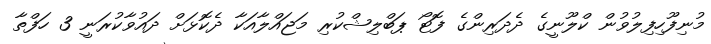
މުނިފޫހިފިލުވުން ކްލޫނީގެ ދެދަރިންގެ ފޮޓޯ ޕަބްލިޝްކުރި މަޖައްލާއަކާ ދެކޮޅަށް ދައުވާކުރަނީ 3 ހަފްތާ